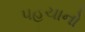
પહચાનો